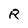
Character: R